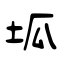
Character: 坬